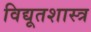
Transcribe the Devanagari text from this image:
विद्यूतशास्त्र